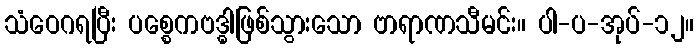
သံဝေဂရပြီး ပစ္စေကဗဒ္ဓါဖြစ်သွားသော ဗာရာဏသီမင်း။ ပါ-ပ-အုပ်-၁၂။